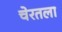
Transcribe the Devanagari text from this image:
चेरतला